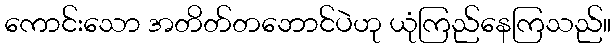
ကောင်းသော အတိတ်တဘောင်ပဲဟု ယုံကြည်နေကြသည်။